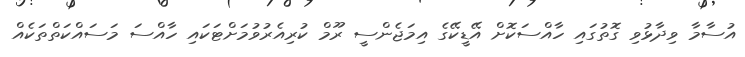
އުސާމާ ވިދާޅުވި ގޮތުގައި ހާއްސަކޮށް އޭޑީކޭގެ އިމަޖެންސީ ރޫމް ކުރިއެރުވުމަށްޓަކައި ހާއްސަ މަސައްކަތްތަކެއް